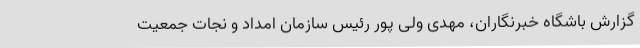
گزارش باشگاه خبرنگاران، مهدی ولی پور رئیس سازمان امداد و نجات جمعیت